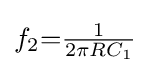
f_{2}{=}{\tfrac {1}{2\pi RC_{1}}}